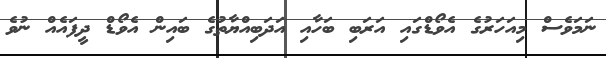
ނަމަވެސް މިއަހަރުގެ އެވޯޑްގައި އަރަބި ބަހާއި އަދަބިއްޔާތުގެ ބައިން އެވޯޑް ދީފައެއް ނުވެ